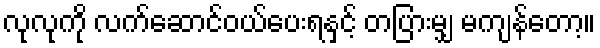
လုလုကို လက်ဆောင်ဝယ်ပေးရနှင့် တပြားမျှ မကျန်တော့။